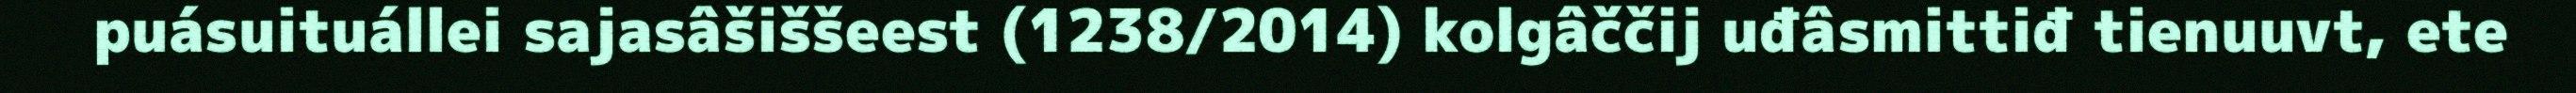
puásuituállei sajasâšiššeest (1238/2014) kolgâččij uđâsmittiđ tienuuvt, ete